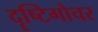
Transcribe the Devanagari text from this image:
दॄष्टिगोचर